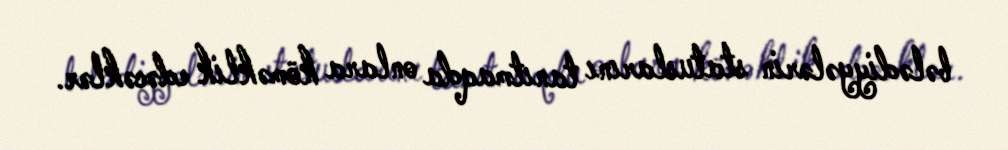
bələdiyyələrin statuslarını tanıtmaqda onlara köməklik edəcəklər.